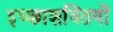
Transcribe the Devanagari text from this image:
इच्छाशक्तियों